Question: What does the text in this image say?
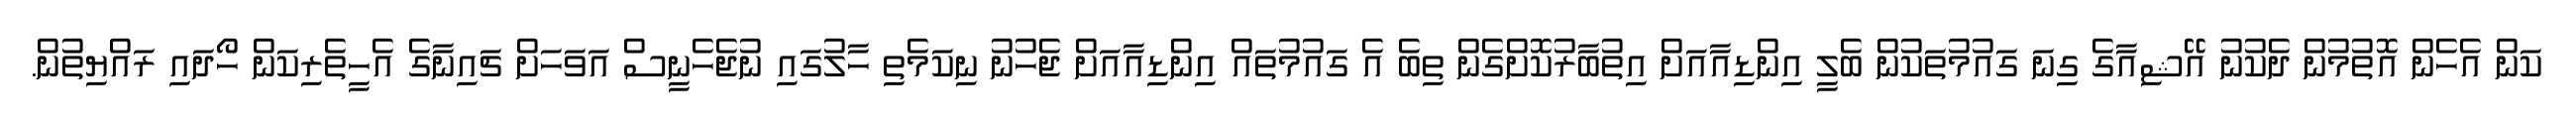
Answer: ކަން އެހެން އޮތުމުން ދެކުނު އޭޝިއާގެ ގިނަ ގައުމުތަކުން ބެލީ އިންޑިއާއަށް އިތުބާރުކޮށްގެން ތިބެ އެ ގައުމުތައް އިންޑިއާއަށް ޖެހުނު ނިކަމެތި ހާލުގައި ނުޖެހެނީސް އަވަހަށް ޗައިނާގެ އެހީތެރިކަން ހޯދައި ރައްޔިތުން.